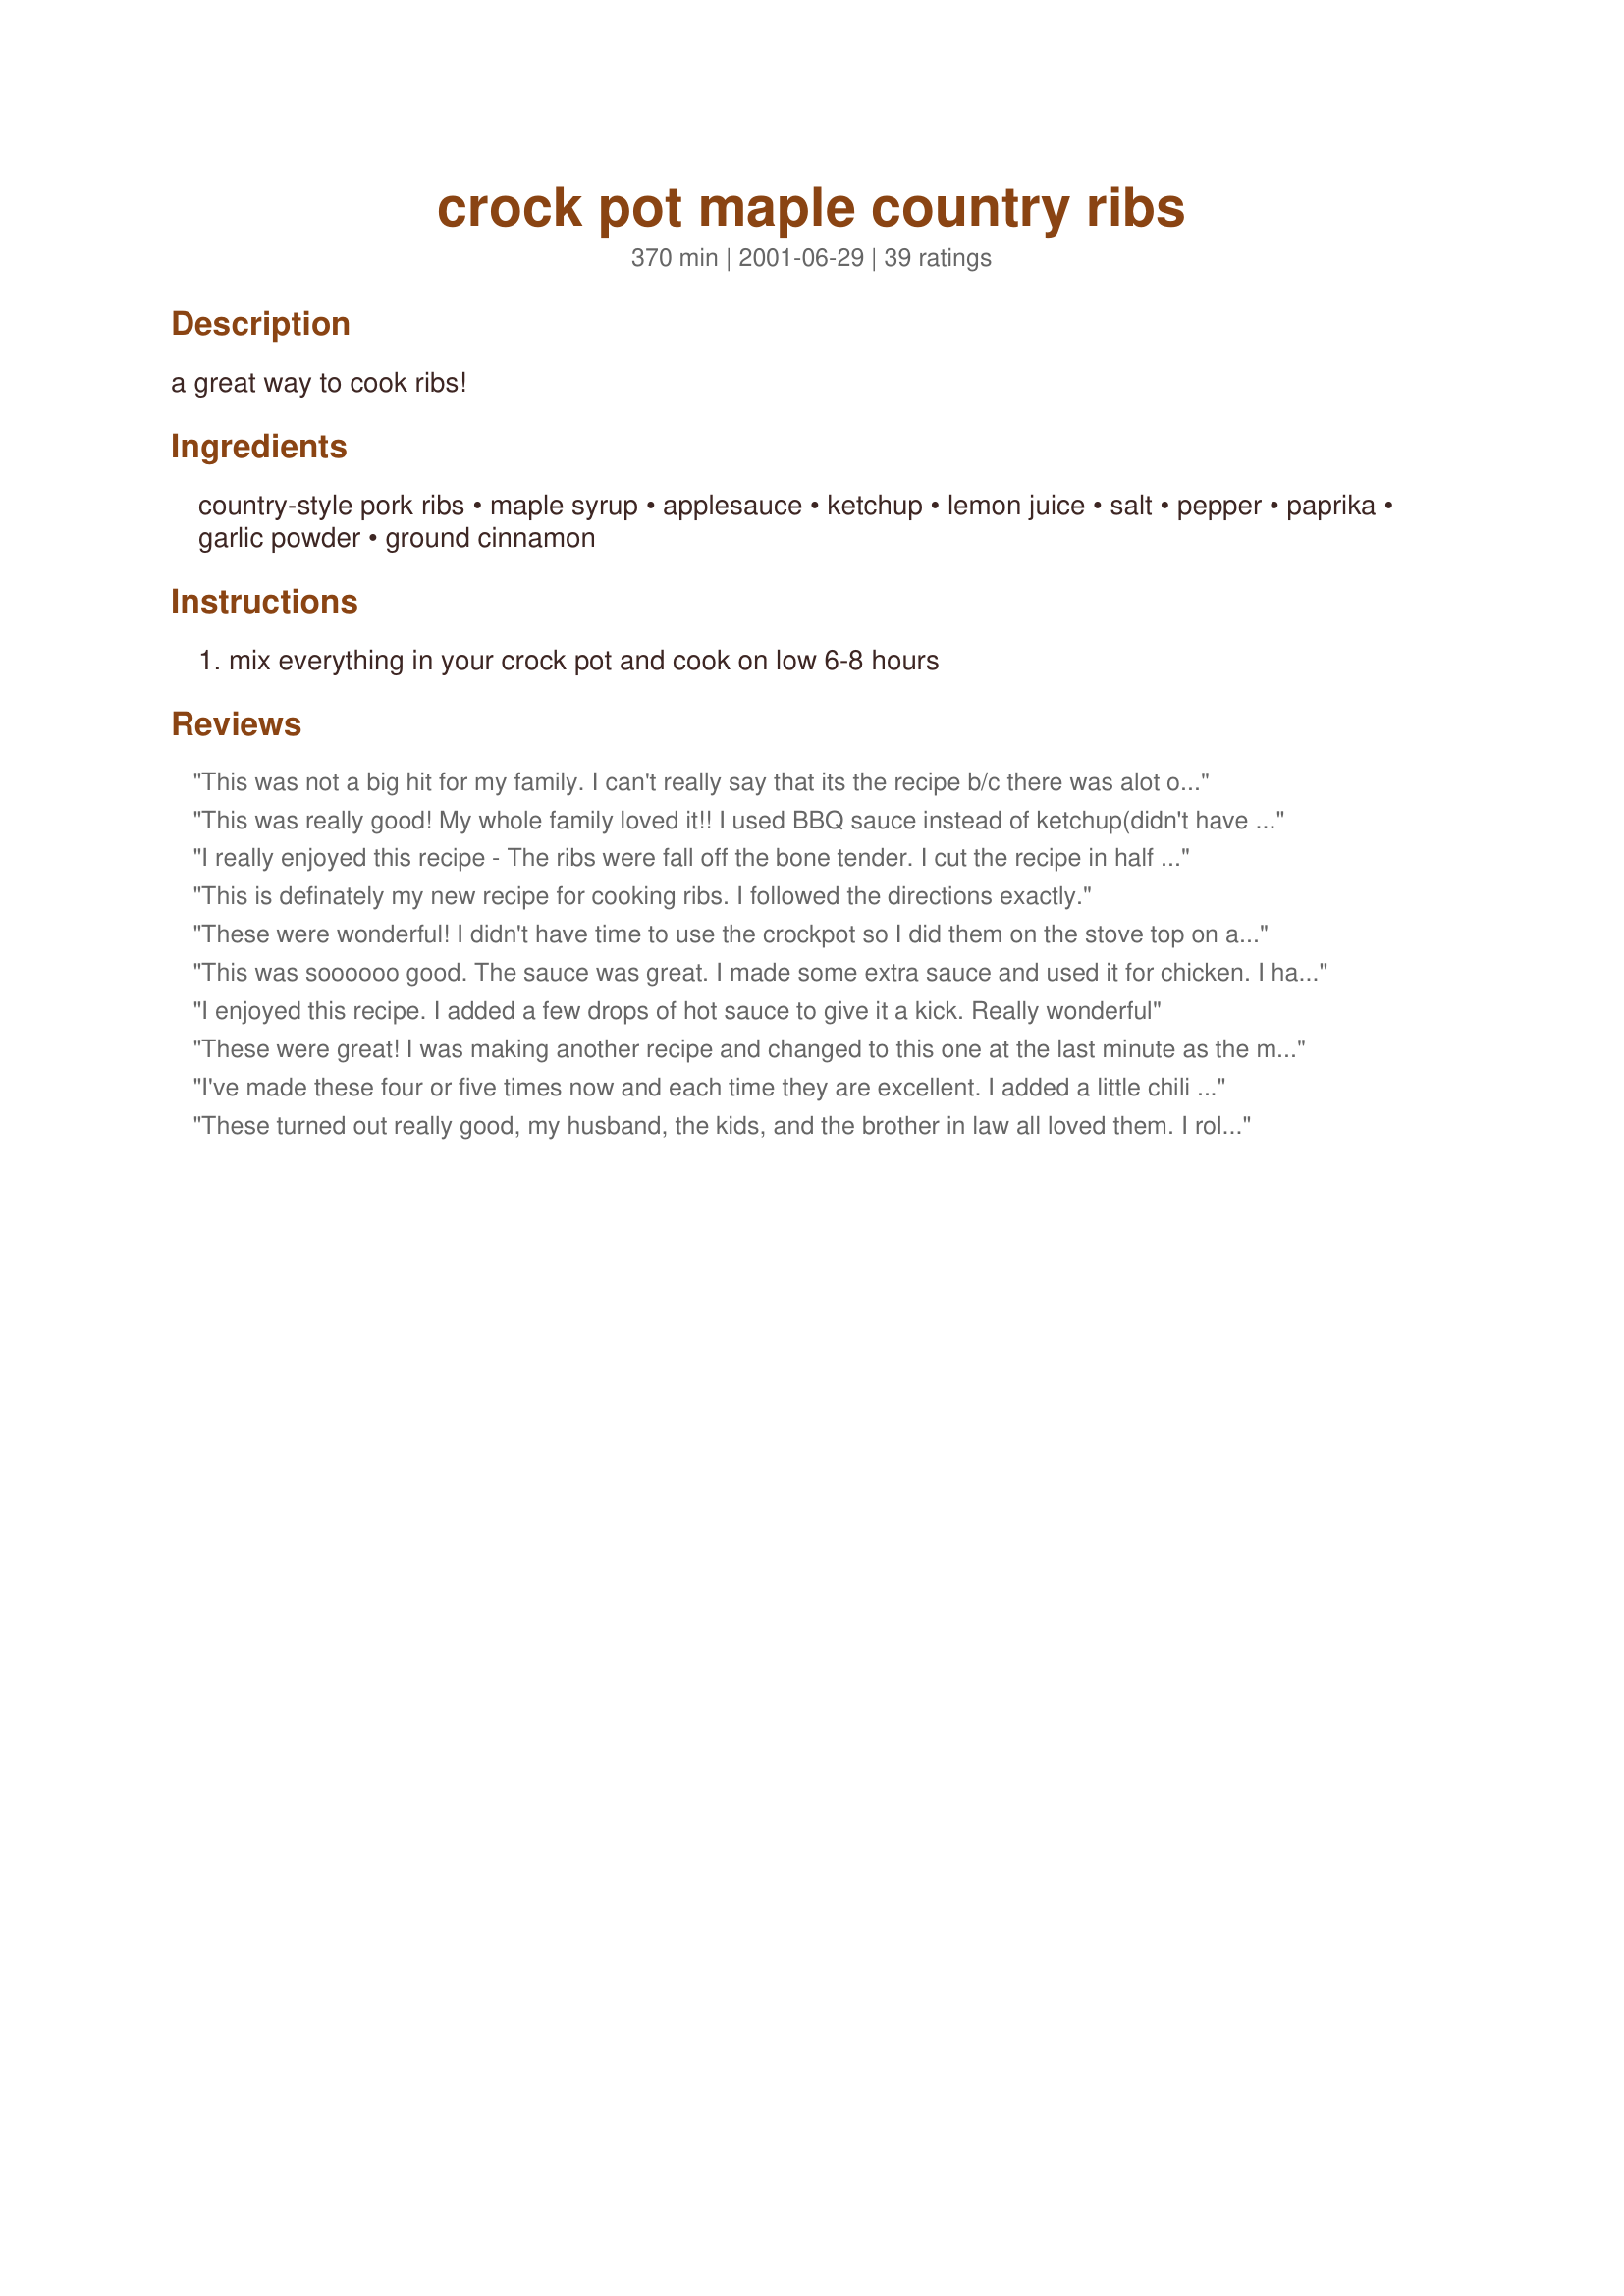
crock pot maple country ribs
Preparation time: 370 minutes

a great way to cook ribs!

Ingredients:
country-style pork ribs, maple syrup, applesauce, ketchup, lemon juice, salt, pepper, paprika, garlic powder, ground cinnamon

Steps:
mix everything in your crock pot and cook on low 6-8 hours

Reviews:
This was not a big hit for my family. I can't really say that its the recipe b/c there was alot of fat on the country style ribs that could have changed the flavor.
This was really good! My whole family loved it!! I used BBQ sauce instead of ketchup(didn't have any..) and it came out soo yummy and tender. Thanks for the recipe! BTW...this serves more like 6-8...but none of us are complaining about leftovers ;)
I really enjoyed this recipe - The ribs were fall off the bone tender. I cut the recipe in half with no problem. I may cut the maple syrup back a tad but that is personal taste. I used 1 1/2 tbsp cornstartch to thicken the sauce - served over broad noodles with carrots & broccoli - Super dinner thanks Mary Parker
This is definately my new recipe for cooking ribs. I followed the directions exactly.
These were wonderful! I didn't have time to use the crockpot so I did them on the stove top on a low heat. It took about 2 hours to cook them, but watch them close the last 1/2 hour of cooking. The maple and applesauce turned into a thick syrup that coated the ribs nicely and even was a little crispy in some places. Very sticky, but very yummy.
This was soooooo good. The sauce was great. I made some extra sauce and used it for chicken. I had plenty of liquid/ sauce when the ribs finished cooking actually too much but that might be because I forgot to put ketcup in the sauce that was cooking with the ribs.. I had to pour it out and use the extra sauce I had made to cover the ribs again and cooked a litte while longer, I also used Grade B organic Maple syrup. I think the ribs came out great, and I will be using this sauce to cook chicken next time. Putting red pepper flakes gives the sauce a little kick. ;)
I enjoyed this recipe. I added a few drops of hot sauce to give it a kick. Really wonderful
These were great! I was making another recipe and changed to this one at the last minute as the maple syrup intrigued me. What a smart move on my part! They were delicious and everyone loved them. Thanks for the recipe!
I've made these four or five times now and each time they are excellent. I added a little chili powder to give the sauce a kick and thickened the sauce on the stovetop to use for dipping. I even made this for my birthday dinner along with corn on the cob and it made turning a year older much nicer.
These turned out really good, my husband, the kids, and the brother in law all loved them. I rolled each rib in the sauce to make sure they were all coated well and then left them in there for 8 hours. Perfect with green beans and mashed potatoes.
Very good! Tender and flavorful. I had planned to thicken the sauce for dipping (as someone who reviewed previously suggested) but forgot about it as I was making sides and bread. Generally I like a thicker sauce, but I found this so flavorful as is. I got a thumbs up from my husband, who requested this go into my recipe file and be made again.
These were good, but not a big hit in our family. Wonder if browning the ribs first would have made a difference.
I started off putting the ribs in the crock pot and then switched them to a roaster because they were taking too long to cook. We thought these were good but will follow other reviewers idea of putting some chili flakes or hot sauce in to neutralize the sweetness for next time. Also, would recommend doubling the recipe for the sauce because there wasn't much of it.
I made this for a snowy Sunday dinner and paired it with acorn squash to complete the meal. It made the house smell like autumn. I think next time, I'll attempt to reduce the sauce into more a glaze because it was so delicious but didn't stick to the meat very much.
Absolutely wonderful! Wouldn't change a thing. The sauce tastes excellent on chicken too!
well it is easy to make, my grandson and husband really love it they thought the gray had a good tastemy grandson is 5 he said i was the best cooker in the world,thanks for the recipe
Yum! I love these. My favorite is sesame pork chops, but my husband gets tired of my oriental dishes sometimes and this is a nice break. Thank you for posting!
We really liked this recipe. I used extra lean ribs and followed the ingredients exactly. I only made a couple of changes. I started on high for a couple of hours and then switched to low. This gave me falling apart ribs in about 4 1/2 hours. I wouldn't have wanted them any more done than that. I also thickened the sauce on the stove to make gravy. This was very good poured over the ribs but would have been too sweet to use over potatoes or something like that. We will definately be having these again.
Husband and I just loved the ribs. I think I cooked them a little too long...My Rival cooks meals very quickly and I had no choice..he goes to work early and home late...I go in at 9 AM and home at 1:PM. I think your suggestion of 6-8 hours is right on. mine cooked for at least 10 and they were kind of dry, but still very tasty. I served with Rita L Cabbage and Noodles....Mmmmmmmm, very nice combo.
I made these tonight for dinner and followed the recipe exactly. It was so easy and very tasty. Thanks for a great recipe!
I followed the recipe exactly and I didn't get the flavor in the ribs that it sounds like I should have. I actually had to add some bbq sauce in my plate to get flavor. They were very tender but what isn't tender when cooked in a crockpot?
These are fantastic! Very juicy & tender, and the maple syrup isn't overpowering. I highly recommend! -Mary
A keeper! We'll be making this one again.
This is good but not very tangy. It needs additional flavoring... perhaps more lemon and real garlic.
I really enjoyed this recipe however; my husband felt it was a little to sweet and asked if I would play with it a bit next time and see if I can come up with something a little less sweet. Will have to give it some thought. Thanks for posting this recipe.
Easy, tasty dish
The sauce was so delicious but the ribs were a bit dry. it was my first time using a crock pot, and cooking ribs. I used only 2 pounds but there wasn't enough liquid covering the ribs. I turned them a couple times and cooked on low for 6 hours. I was disappointed because I heard maple syrup coats really well. Next time I will thicken the sauce on the stove or try cornstarch as some fellow cooks suggested. I'll also read up on crock pot cooking techniques ;)
Very easy to put together, put into the crock pot and leave for 8 hrs. The taste was great. The maple syrup gave it a sweet taste, but not overpowering, just right! 
YUMMY!. Definitely will be making this recipe many times. Prairie Moon Girl!
We thought there were just good. They had a very mild flavor. Thanks for posting.
I really liked this recipe when I found it, I just thought it sounded great. I made the recipe exact and cooked for 8 hours (during work) in the crock pot. 8 hours is WAY TOO LONG! They came out really dry and overcooked. The sauce wasn't all that great, it was really thin, however my husband really liked the taste. I added hot sauce to add flavor like everyone else suggested. I don't have any extra time in the mornings so I threw everything in the crockpot the night before and refrigerated until the morning. Easy way to save some time! I will probably make this again, just adjusting some ingredients and cooking for only 4-5 hours!!! Thanks!
Quick, easy, and oh so good!
Made these a couple nights ago, halved the recipe with no problems at all. I cooked them for 6 hours turning them every hour to make sure they were coated evenly and they turned out great. My husband loved them and ask that I make them again soon. Thank you very much for this recipe.
I just made this for dinner last night, the meat was so tender it fell off the bones! It was a crowd pleaser! I took one of the other reviewer's suggestion and added a little hot pepper sauce (to cut the sweetness a bit), and although the recipe makes the ribs very sweet.....they were mouth watering! Thanks so much for the recipe!
I agree easy to make good taste. You don&#8217;t get all sticky messy from these. But we do love sticky messy ribs too.
This was absolutely fabulous. I didn't have time to use the crockpot so I put it in my roaster on 300 and cooked it for 2 hours.

My husband would like me to try the sauce with a pork roast or perhaps even chicken next time.
Tastes great and not at all difficult to make, and since I forgot to start it when I'd planned I cooked it on high for about 3 hours and it turned out fine. The meat practically fell apart on the plate.
These were okay, but I'm not sure we will make them again. I also thickened the sauce and thought it would make a good sauce for a Thai dish. It reminded me of Pad See-Ew dish I get at a local Thai restaurant.
We don't eat pork, so I used the sauce on chicken breasts .. didn't have applesauce so I used oil, and cooked it on high for 4 hours .. Best crockpot recipe I've ever tried, thanks!!!
Very yummy. I was afraid it might be too dry but it came out nice and juicy.
